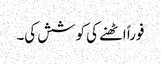
فوراً اٹھنے کی کوشش کی۔